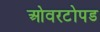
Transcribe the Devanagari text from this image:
ओवरटोपड